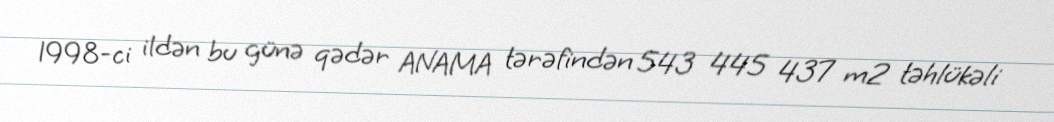
1998-ci ildən bu günə qədər ANAMA tərəfindən 543 445 437 m2 təhlükəli